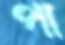
পা